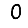
Digit: 0